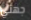
جهتي